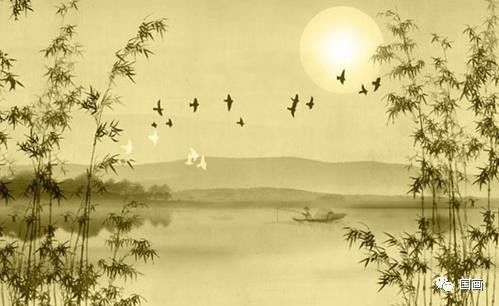
中秋佳月最端圆。老痴顽。见多番。